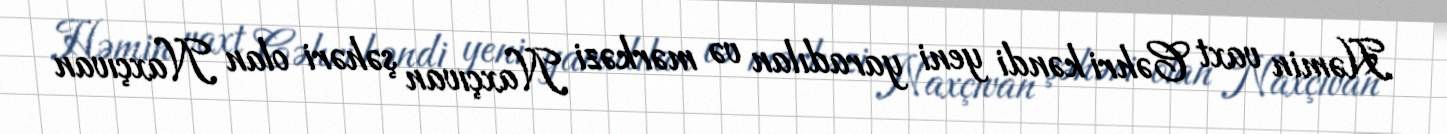
Həmin vaxt Cəhri kəndi yeni yaradılan və mərkəzi Naxçıvan şəhəri olan Naxçıvan